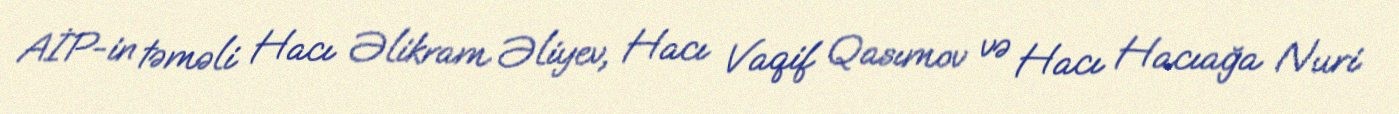
AİP-in təməli Hacı Əlikram Əliyev, Hacı Vaqif Qasımov və Hacı Hacıağa Nuri